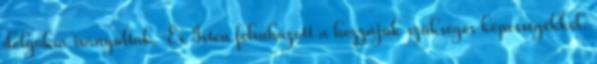
dolgokra irányultak. És Isten felruházott a hozzájuk szükséges képességekkel.